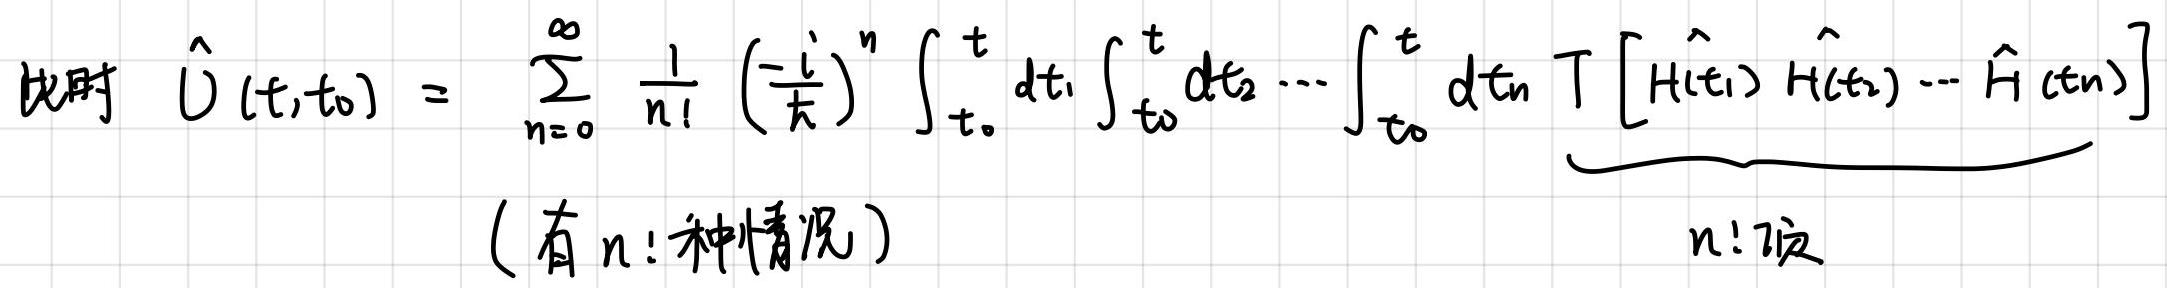
此时 $\hat{U}(t,t_0) = \sum_{n=0}^{\infty} \frac{1}{n!} \left(\frac{-i}{\hbar}\right)^n \int_{t_0}^{t} dt_1 \int_{t_0}^{t} dt_2 \cdots \int_{t_0}^{t} dt_n \ T \underbrace{[\hat{H}(t_1) \hat{H}(t_2) \cdots \hat{H}(t_n)]}_{n! \text{项}}$ （有 $n!$ 种情况）